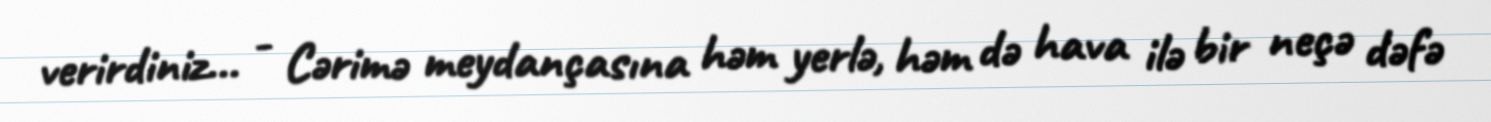
verirdiniz... - Cərimə meydançasına həm yerlə, həm də hava ilə bir neçə dəfə